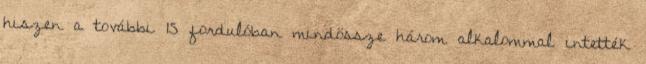
hiszen a további 15 fordulóban mindössze három alkalommal intették